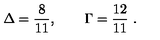
\Delta = \frac { 8 } { 1 1 } , \qquad \Gamma = \frac { 1 2 } { 1 1 } \ .